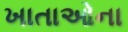
ખાતાઓના